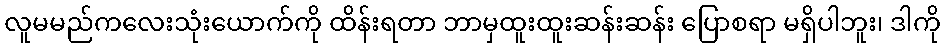
လူမမည်ကလေးသုံးယောက်ကို ထိန်းရတာ ဘာမှထူးထူးဆန်းဆန်း ပြောစရာ မရှိပါဘူး၊ ဒါကို